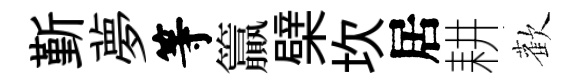
斳夢等籯檗坎居耕歡